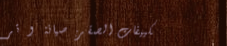
تكييفات الصقر: صيانة و تر